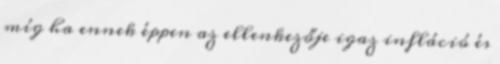
míg ha ennek éppen az ellenkezője igaz infláció és